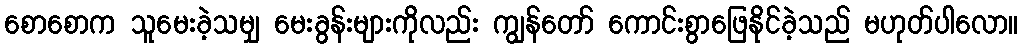
စောစောက သူမေးခဲ့သမျှ မေးခွန်းများကိုလည်း ကျွန်တော် ကောင်းစွာဖြေနိုင်ခဲ့သည် မဟုတ်ပါလော။